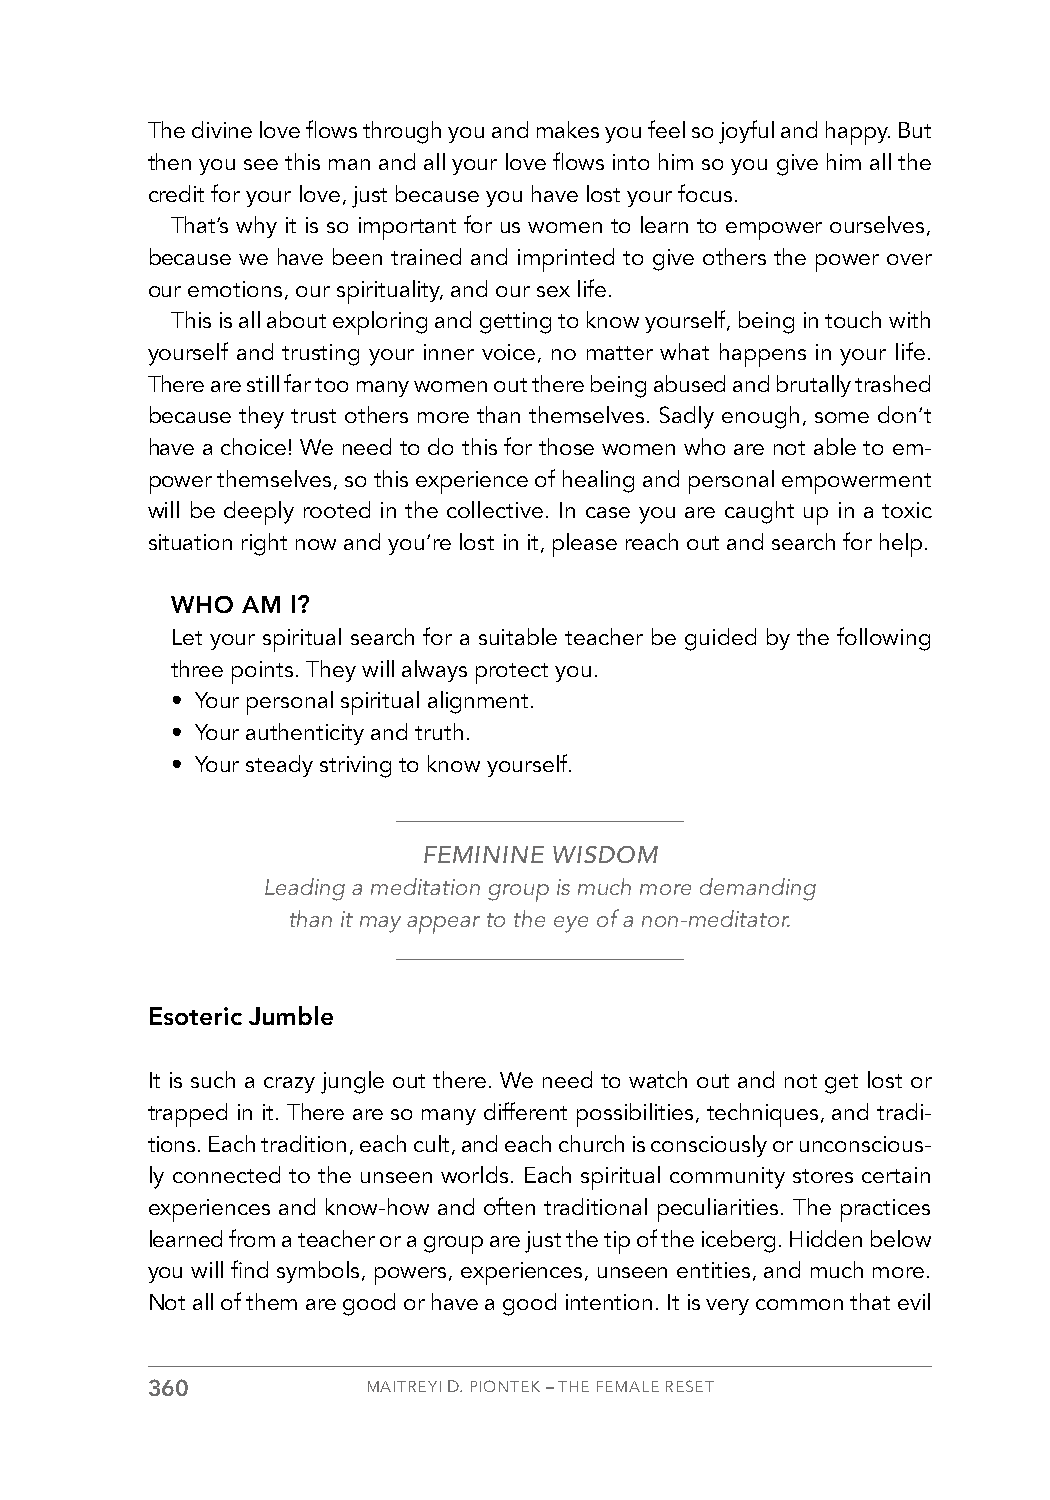
The divine love flows through you and makes you feel so joyful and happy. But
 then you see this man and all your love flows into him so you give him all the
 credit for your love, just because you have lost your focus.
 That’s why it is so important for us women to learn to empower ourselves,
 because we have been trained and imprinted to give others the power over
 our emotions, our spirituality, and our sex life.
 This is all about exploring and getting to know yourself, being in touch with
 yourself and trusting your inner voice, no matter what happens in your life.
 There are still far too many women out there being abused and brutally trashed
 because they trust others more than themselves. Sadly enough, some don’t
 have a choice! We need to do this for those women who are not able to em-
 power themselves, so this experience of healing and personal empowerment
 will be deeply rooted in the collective. In case you are caught up in a toxic
 situation right now and you’re lost in it, please reach out and search for help.
 WHO  AM I?
 Let your spiritual search for a suitable teacher be guided by the following
 three points. They will always protect you.
 • Your personal spiritual alignment.
 • Your authenticity and truth.
 • Your steady striving to know yourself.
 FEMININE WISDOM
 Leading a meditation group is much more demanding
 than it may appear to the eye of a non-meditator.
 Esoteric Jumble
 It is such a crazy jungle out there. We need to watch out and not get lost or
 trapped in it. There are so many different possibilities, techniques, and tradi-
 tions. Each tradition, each cult, and each church is consciously or unconscious-
 ly connected to the unseen worlds. Each spiritual community stores certain
 experiences and know-how and often traditional peculiarities. The practices
 learned from a teacher or a group are just the tip of the iceberg. Hidden below
 you will find symbols, powers, experiences, unseen entities, and much more.
 Not all of them are good or have a good intention. It is very common that evil
 360           MAITREYI D. PIONTEK – THE FEMALE RESET